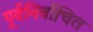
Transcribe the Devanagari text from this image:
पूर्वनिर्वाचित